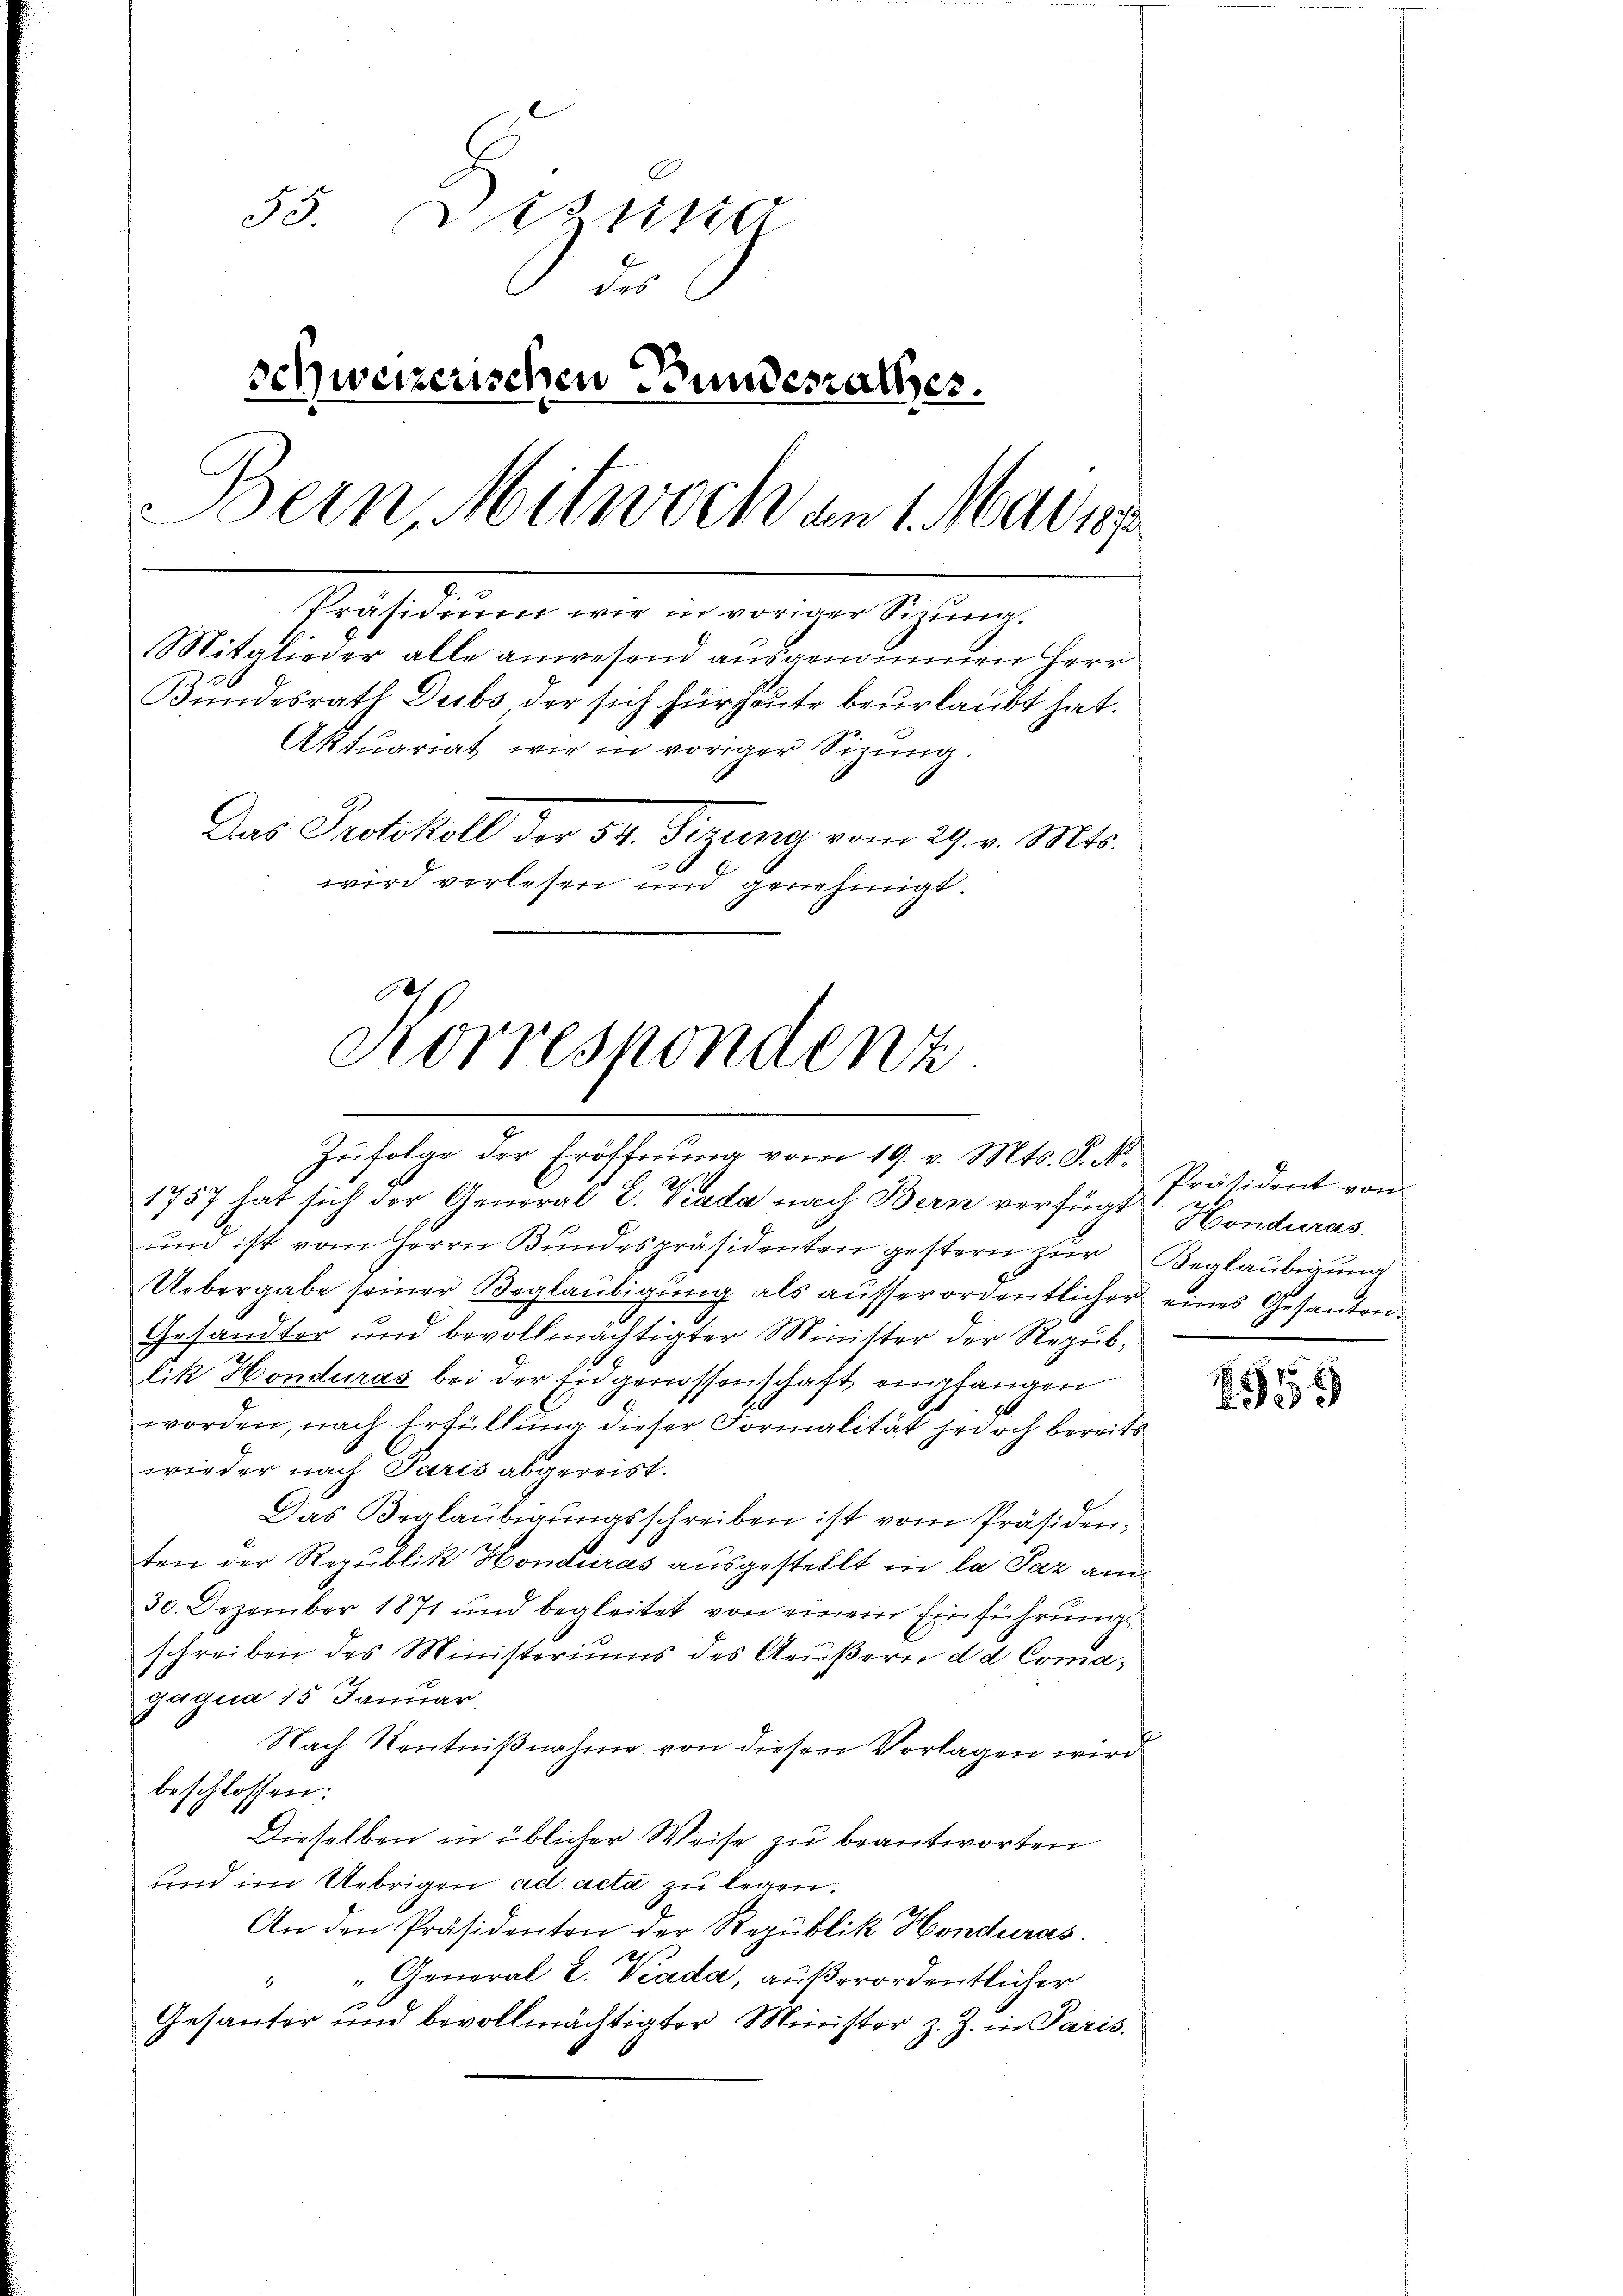
55. Dezusa
der
schweizerischen Bundesrathes.
Bern Mitwoch an 1. Marie
Präsidium wir in voriger Sizung.
Mitglieder alle anwesend ausgenommen Herr
Bundesrath Dubs der sich für heute beurlaubt hat.
Aktuariat wie in voriger Sitzung.
Das Protokoll der 54. Sizung vom 29. v. Mts.
wird verlesen und genehmigt.

1757 hat sich der General L. Prada nach Bern verfügt Honduras
und ist vom Herrn Bundespräsidenten gestern zur Beglaubigung
Uebergabe seiner Beglaubigung als ausserordentlicher eines Gesanten¬
Gesandter und bevollmächtigter Minister der Republik Honduras bei der Eidgenossenschaft empfangen
worden, nach Erfüllung dieser Formalität jedoch bereits
wieder nach Paris abgereist.
Das Beglaubigungsschreiben ist vom Präsiden,
ten der Republik Honduras ausgestellt in la Paz am
30. Dezember 1871 und begleitet von einem Einführung
schreiben des Ministeriums des Aeußern dd Comagaqua 15 Januar,
Nach Kentnißnahme von diesen Vorlagen wird
beschlossen:
Dieselben in üblicher Weise zu beantworten
und im Uebrigen ad acta zu legen.
An den Präsidenten der Republik Honduras.
" General L. Kada, außerordentlicher
Gesanter und bevollmächtigter Minister z. Z. in Paris.

Korrespondenz
Zufolge der Eröffnung vom 19. v. Mts. S. N.

Präsident von

1519